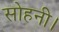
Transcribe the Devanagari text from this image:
सोहनी।